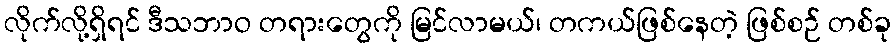
လိုက်လို့ရှိရင် ဒီသဘာဝ တရားတွေကို မြင်လာမယ်၊ တကယ်ဖြစ်နေတဲ့ ဖြစ်စဉ် တစ်ခု